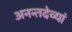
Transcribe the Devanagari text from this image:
अनन्तदेव्यां